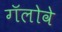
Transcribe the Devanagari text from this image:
गॅलोवे